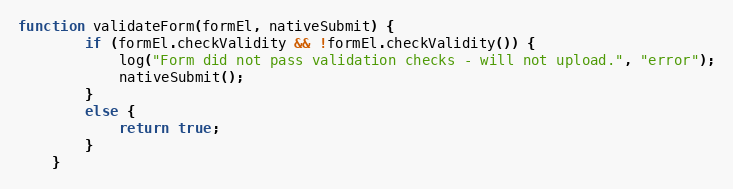
Language: JavaScript
function validateForm(formEl, nativeSubmit) {
        if (formEl.checkValidity && !formEl.checkValidity()) {
            log("Form did not pass validation checks - will not upload.", "error");
            nativeSubmit();
        }
        else {
            return true;
        }
    }